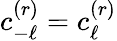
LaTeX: c_{-\ell}^{(r)}=c_{\ell}^{(r)}